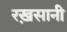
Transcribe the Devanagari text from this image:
रख़सानी